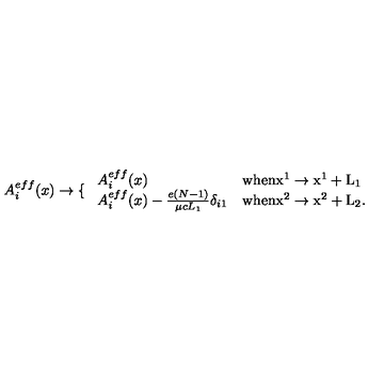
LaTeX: A _ { i } ^ { e f f } ( x ) \to \left\{ \right. \begin{array} { l l } { A _ { i } ^ { e f f } ( x ) } & { \mathrm { w h e n x ^ 1 \to x ^ 1 + L _ 1 } } \\ { A _ { i } ^ { e f f } ( x ) - { \frac { e ( N - 1 ) } { \mu c L _ { 1 } } } \delta _ { i 1 } } & { \mathrm { w h e n x ^ 2 \to x ^ 2 + L _ 2 . } } \\ \end{array}